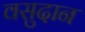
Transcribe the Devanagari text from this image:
वसुदान